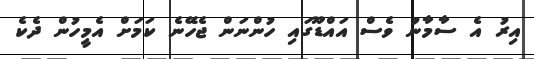
އިރު އެ ސާމާނު ވެސް އައްޑޫގައި ހުންނަން ޖެހޭނެ ކަމަށް އެމީހުން ދެކެ